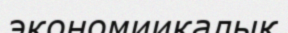
экономиикалық